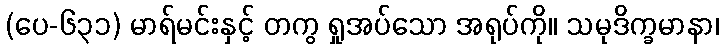
(ပေ-၆၃၁) မာရ်မင်းနှင့် တကွ ရှုအပ်သော အရုပ်ကို။ သမုဒိက္ခမာနာ၊